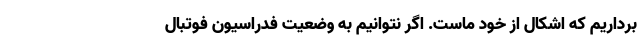
برداریم که اشکال از خود ماست. اگر نتوانیم به وضعیت فدراسیون فوتبال